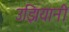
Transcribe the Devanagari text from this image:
उझियानी